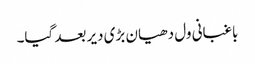
باغبانی ول دھیان بڑی دیر بعد گیا۔